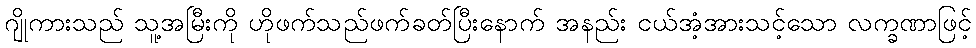
ဂျိုကားသည် သူ့အမြီးကို ဟိုဖက်သည်ဖက်ခတ်ပြီးနောက် အနည်း ငယ်အံ့အားသင့်သော လက္ခဏာဖြင့်